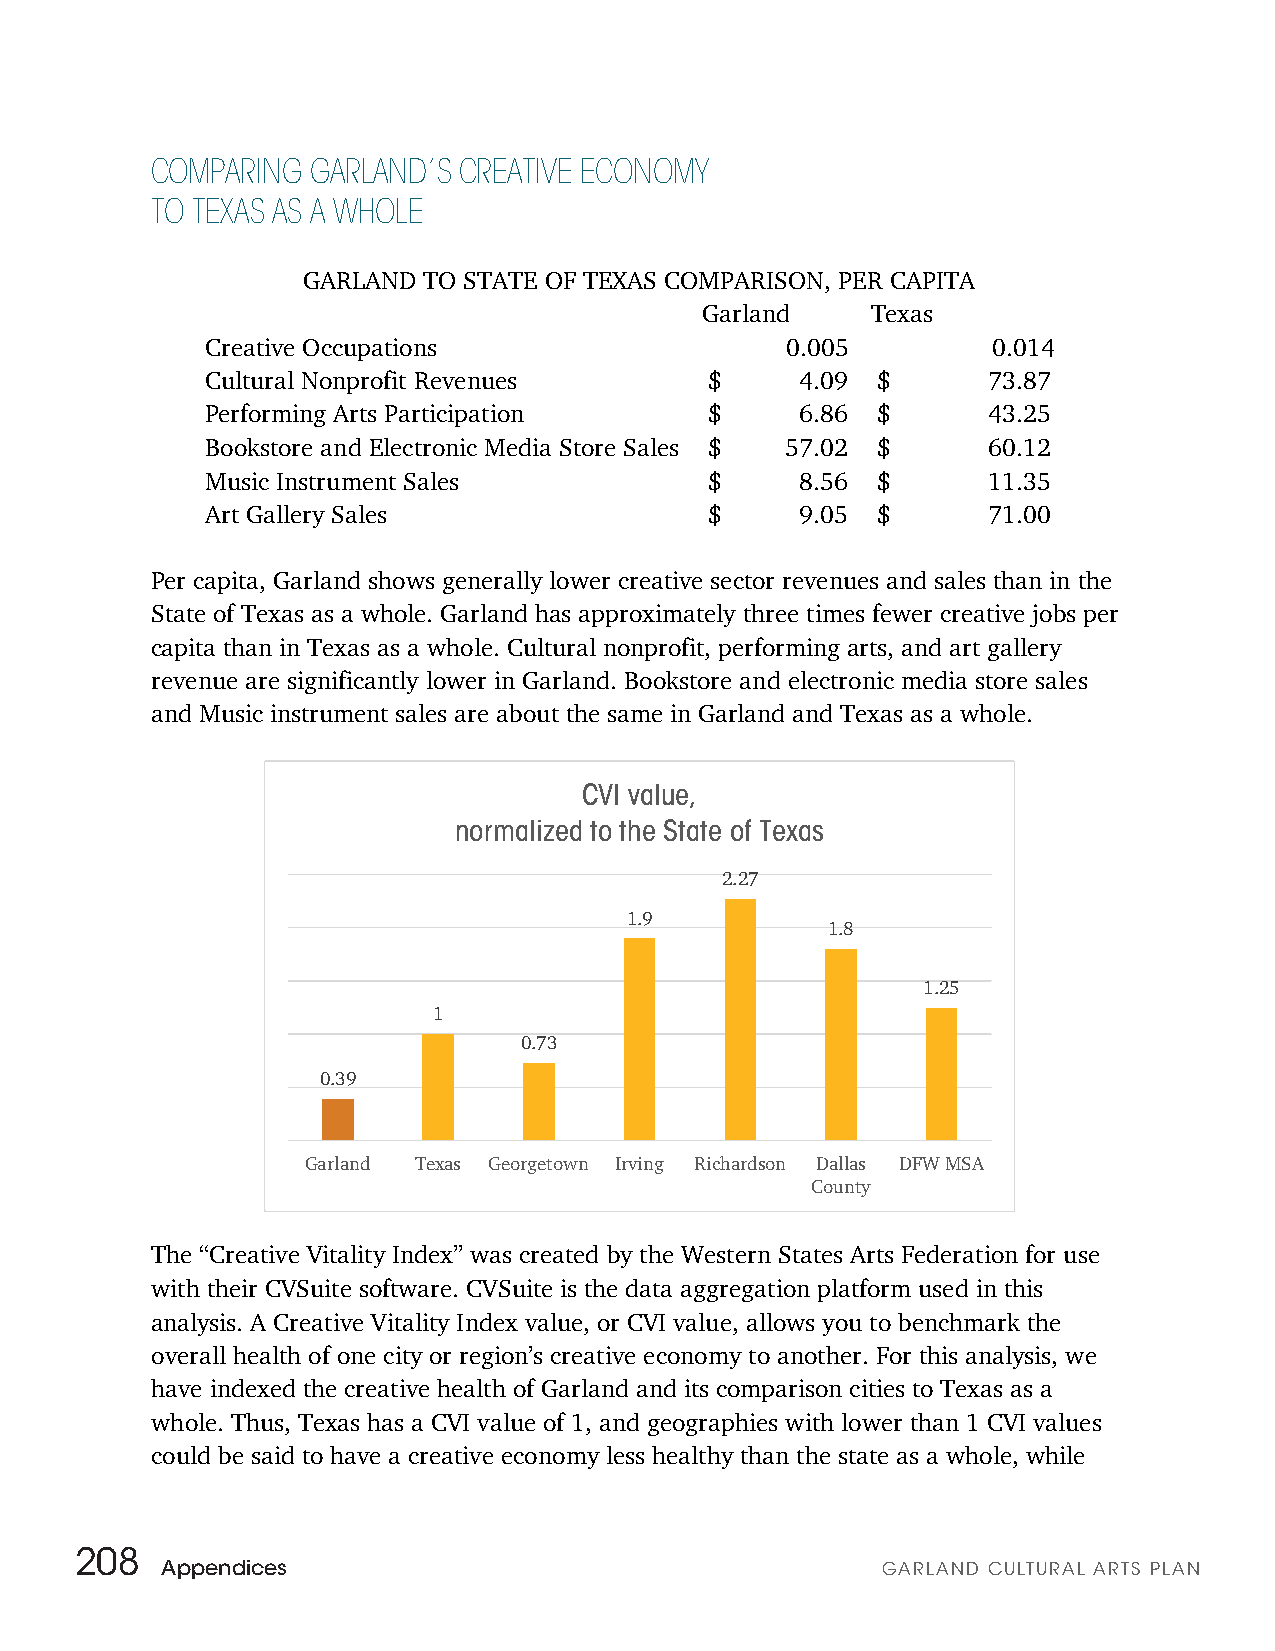
COMPARING  GARLAND’S CREATIVE ECONOMY
 TO TEXAS AS A WHOLE
 GARLAND TO STATE OF TEXAS COMPARISON, PER CAPITA
 Garland     Texas
 Creative Occupations                  0.005         0.014
 Cultural Nonprofit Revenues      $     4.09 $      73.87
 Performing Arts Participation    $     6.86 $      43.25
 Bookstore and Electronic Media Store Sales $ 57.02 $ 60.12
 Music Instrument Sales           $     8.56 $      11.35
 Art Gallery Sales                $     9.05 $      71.00
 Per capita, Garland shows generally lower creative sector revenues and sales than in the
 State of Texas as a whole. Garland has approximately three times fewer creative jobs per
 capita than in Texas as a whole. Cultural nonprofit, performing arts, and art gallery
 revenue are significantly lower in Garland. Bookstore and electronic media store sales
 and Music instrument sales are about the same in Garland and Texas as a whole.
 CVI value,
 normalized to the State of Texas
 2.27
 1.9
 1.8
 1.25
 1
 0.73
 0.39
 Garland Texas Georgetown Irving Richardson Dallas DFW MSA
 County
 The “Creative Vitality Index” was created by the Western States Arts Federation for use
 with their CVSuite software. CVSuite is the data aggregation platform used in this
 analysis. A Creative Vitality Index value, or CVI value, allows you to benchmark the
 overall health of one city or region’s creative economy to another. For this analysis, we
 have indexed the creative health of Garland and its comparison cities to Texas as a
 whole. Thus, Texas has a CVI value of 1, and geographies with lower than 1 CVI values
 could be said to have a creative economy less healthy than the state as a whole, while
 208
 Appendices                                     GARLAND CULTURAL ARTS PLAN